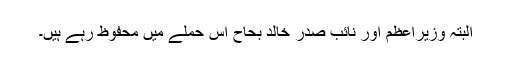
البتہ وزیراعظم اور نائب صدر خالد بحاح اس حملے میں محفوظ رہے ہیں۔